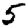
Digit: 5